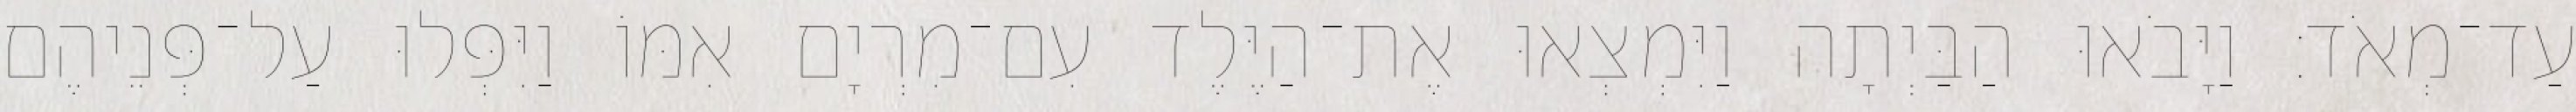
עַד־מְאֹד׃ וַיָּבֹאוּ הַבַּיְתָה וַיִּמְצְאוּ אֶת־הַיֶּלֶד עִם־מִרְיָם אִמּוֹ וַיִּפְּלוּ עַל־פְּנֵיהֶם